Subject: physics
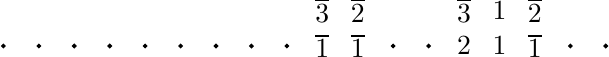
LaTeX code:
			\begin{tikzpicture}[scale = 0.9, baseline = -2,every node/.style={scale=1}]
				\def\s{0.5};
				\foreach \x in {-5,...,3,6,7,11,12} {
					\draw[fill=black] (\x*\s,0) circle (0.025);
				}
				\foreach \count/\valone/\valtwo/\valthree/\valfour/\valfive in {0/\overline{1}/\overline{1}/2/1/\overline{1},1/\overline{3}/\overline{2}/\overline{3}/1/\overline{2}}{
					\node (a) at (4*\s,0 + \count*\s) {$\valone$};
					\node (b) at (5*\s,0 + \count*\s) {$\valtwo$};
					\node (c) at (8*\s,0 + \count*\s) {$\valthree$};
					\node (d) at (9*\s,0 + \count*\s) {$\valfour$};
					\node (d) at (10*\s,0 + \count*\s) {$\valfive$};
				}
			\end{tikzpicture}